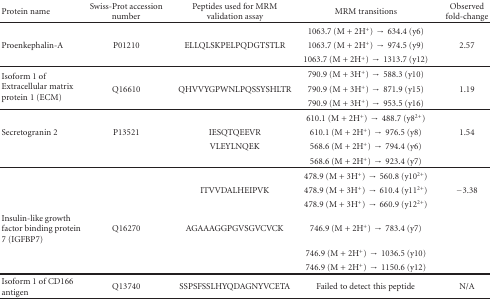
| Protein name | Swiss-Prot accession number | Peptides used for MRM validation assay | MRM transitions | Observed fold-change |
 | --- | --- | --- | --- | --- |
 |  |  |  | 1063.7 (M + 2H+) → 634.4 (y6) |  |
 | Proenkephalin-A | P01210 | ELLQLSKPELPQDGTSTLR | 1063.7 (M + 2H+) → 974.5 (y9) | 2.57 |
 |  |  |  | 1063.7 (M + 2H+) → 1313.7 (y12) |  |
 | <ROWSPAN=3> Isoform 1 of Extracellular matrix protein 1 (ECM) |  |  | 790.9 (M + 3H+) → 588.3 (y10) |  |
 | Q16610 | QHVVYGPWNLPQSSYSHLTR | 790.9 (M + 3H+) → 871.9 (y15) | 1.19 |
 |  |  | 790.9 (M + 3H+) → 953.5 (y16) |  |
 |  |  |  | 610.1 (M + 2H+) → 488.7 (y82+) |  |
 | Secretogranin 2 | P13521 | IESQTQEEVR | 610.1 (M + 2H+) → 976.5 (y8) | 1.54 |
 |  |  | VLEYLNQEK | 568.6 (M + 2H+) → 794.4 (y6) |  |
 |  |  |  | 568.6 (M + 2H+) → 923.4 (y7) |  |
 |  |  |  | 478.9 (M + 3H+) → 560.8 (y102+) |  |
 |  |  | ITVVDALHEIPVK | 478.9 (M + 3H+) → 610.4 (y112+) | −3.38 |
 |  |  |  | 478.9 (M + 3H+) → 660.9 (y122+) |  |
 | Insulin-like growth factor binding protein 7 (IGFBP7) | Q16270 | AGAAAGGPGVSGVCVCK | 746.9 (M + 2H+) → 783.4 (y7) |  |
 |  |  |  | 746.9 (M + 2H+) → 1036.5 (y10) |  |
 |  |  |  | 746.9 (M + 2H+) → 1150.6 (y12) |  |
 | Isoform 1 of CD166 antigen | Q13740 | SSPSFSSLHYQDAGNYVCETA | Failed to detect this peptide | N/A |